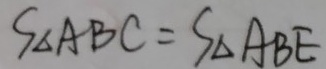
S _ { \Delta A B C } = S _ { \Delta A B E }